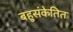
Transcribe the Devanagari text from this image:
बहुसंकेतित